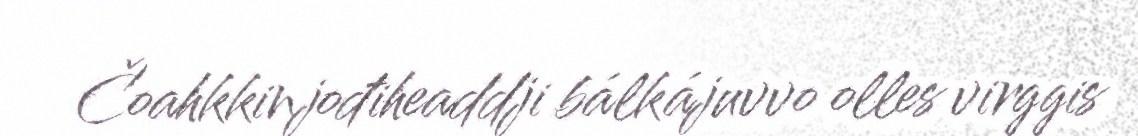
Čoahkkinjođiheaddji bálkájuvvo olles virggis